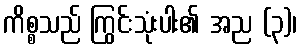
ကိစ္စသည် ကြွင်းသုံးပါး၏ အည (၃)၊